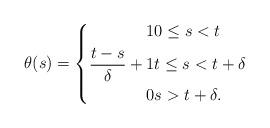
LaTeX: \begin{align*}\theta(s) = \left\{ \begin{aligned} 1 & 0 \leq s< t \\\frac{t-s}{\delta} + 1 & t \leq s < t+ \delta \\0 & s > t+ \delta.\end{aligned}\right.\end{align*}